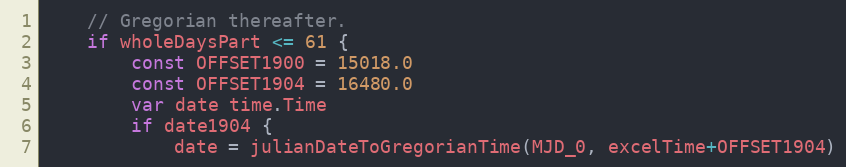
Language: Go
	// Gregorian thereafter.
	if wholeDaysPart <= 61 {
		const OFFSET1900 = 15018.0
		const OFFSET1904 = 16480.0
		var date time.Time
		if date1904 {
			date = julianDateToGregorianTime(MJD_0, excelTime+OFFSET1904)